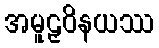
အမူဠှဝိနယဿ